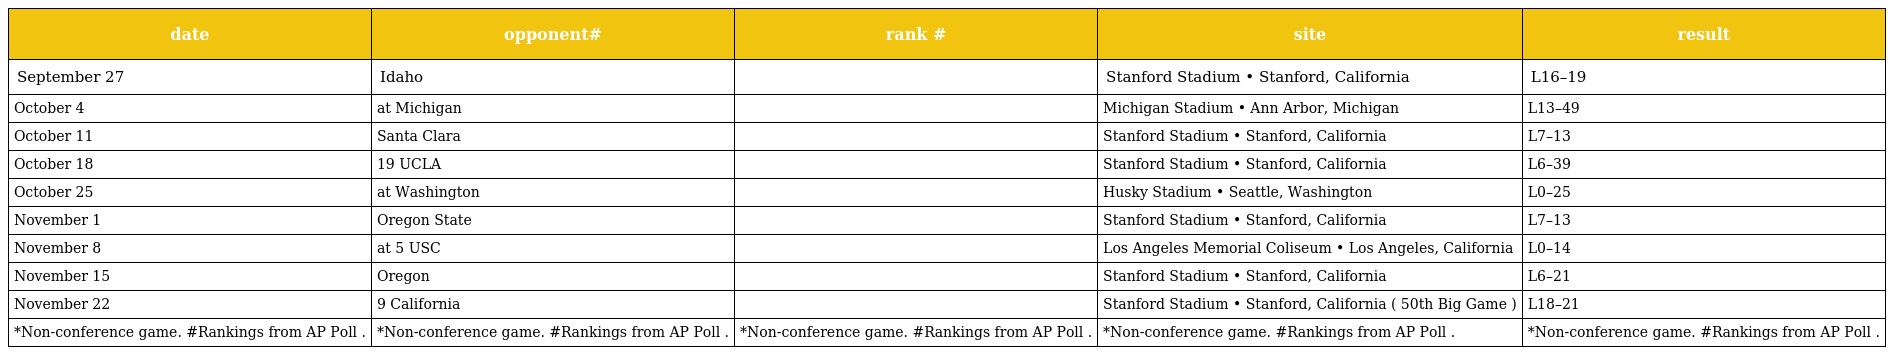
| date | opponent# | rank # | site | result |
 | --- | --- | --- | --- | --- |
 | September 27 | Idaho |  | Stanford Stadium • Stanford, California | L16–19 |
 | October 4 | at Michigan |  | Michigan Stadium • Ann Arbor, Michigan | L13–49 |
 | October 11 | Santa Clara |  | Stanford Stadium • Stanford, California | L7–13 |
 | October 18 | 19 UCLA |  | Stanford Stadium • Stanford, California | L6–39 |
 | October 25 | at Washington |  | Husky Stadium • Seattle, Washington | L0–25 |
 | November 1 | Oregon State |  | Stanford Stadium • Stanford, California | L7–13 |
 | November 8 | at 5 USC |  | Los Angeles Memorial Coliseum • Los Angeles, California | L0–14 |
 | November 15 | Oregon |  | Stanford Stadium • Stanford, California | L6–21 |
 | November 22 | 9 California |  | Stanford Stadium • Stanford, California ( 50th Big Game ) | L18–21 |
 | *Non-conference game. #Rankings from AP Poll . | *Non-conference game. #Rankings from AP Poll . | *Non-conference game. #Rankings from AP Poll . | *Non-conference game. #Rankings from AP Poll . | *Non-conference game. #Rankings from AP Poll . |